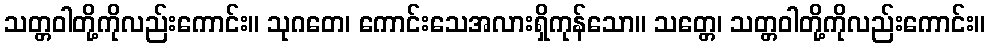
သတ္တဝါတို့ကိုလည်းကောင်း။ သုဂတေ၊ ကောင်းသေအလားရှိကုန်သော။ သတ္တေ၊ သတ္တဝါတို့ကိုလည်းကောင်း။